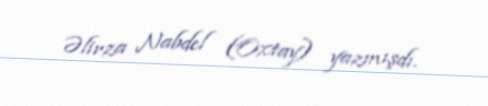
Əlirza Nabdel (Oxtay) yazmışdı.